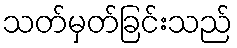
သတ်မှတ်ခြင်းသည်